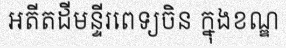
អតីតដីមន្ទីរពេទ្យចិន ក្នុងខណ្ឌ